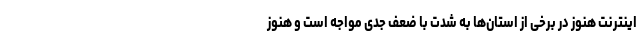
اینترنت هنوز در برخی از استان‌ها به شدت با ضعف جدی مواجه است و هنوز